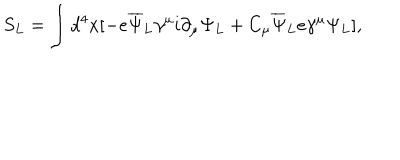
S _ { L } = \int d ^ { 4 } x [ - e { \overline { { \Psi } } } _ { L } \gamma ^ { \mu } i \partial _ { \mu } \Psi _ { L } + C _ { \mu } { \overline { { \Psi } } } _ { L } e \gamma ^ { \mu } \Psi _ { L } ] ,